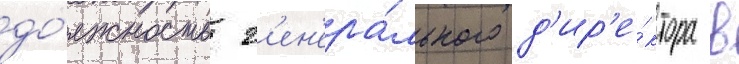
до́лжность г'ен'ера́льного д'ир'е́ктора в